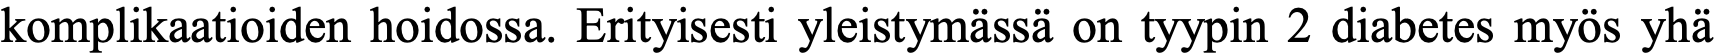
komplikaatioiden hoidossa. Erityisesti yleistymässä on tyypin 2 diabetes myös yhä